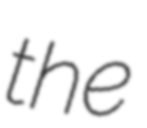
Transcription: the